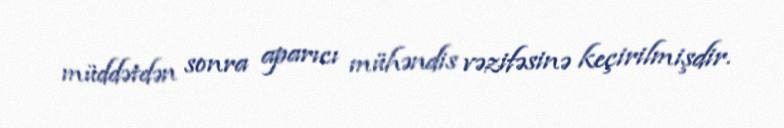
müddətdən sonra aparıcı mühəndis vəzifəsinə keçirilmişdir.